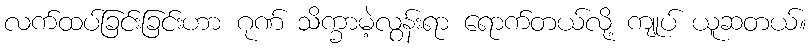
လက်ထပ်ခြင်းခြင်းဟာ ဂုဏ် သိက္ခာမဲ့လွန်းရာ ရောက်တယ်လို့ ကျုပ် ယူဆတယ်။